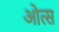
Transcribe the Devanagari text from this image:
ओत्स